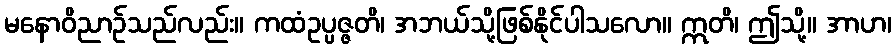
မနောဝိညာဉ်သည်လည်း။ ကထံဥပ္ပဇ္ဇတိ၊ အဘယ်သို့ဖြစ်နိုင်ပါသလော။ ဣတိ၊ ဤသို့။ အာဟ၊